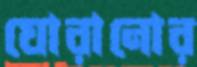
ঘোরানোর